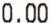
0.00